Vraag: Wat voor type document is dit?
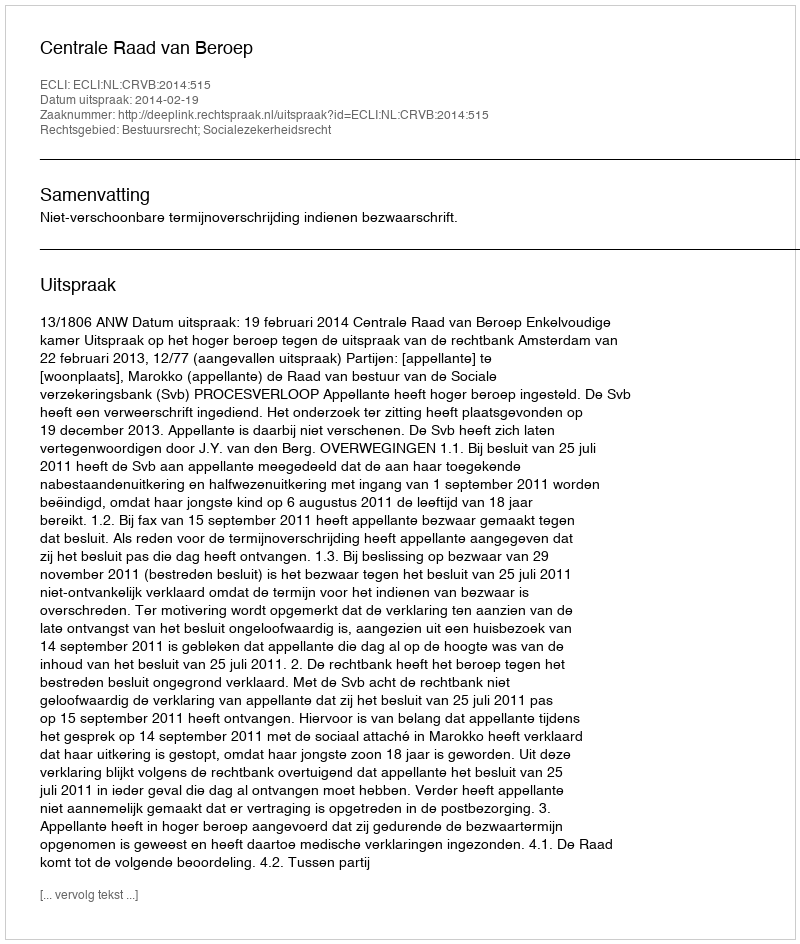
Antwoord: Uitspraak